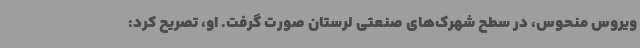
ویروس منحوس، در سطح شهرک‌های صنعتی لرستان صورت گرفت. او، تصریح کرد: